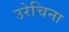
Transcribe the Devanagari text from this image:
उरेचिना